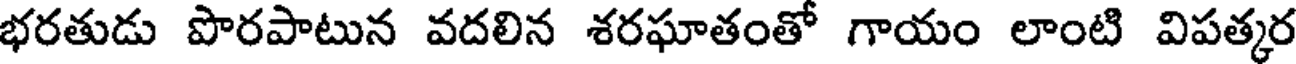
భరతుడు పొరపాటున వదలిన శరఘాతంతో గాయం లాంటి విపత్కర